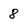
Character: 8